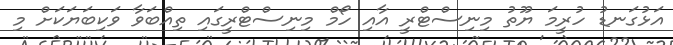
އަޅުގަނޑު ހުރީމަ ޔޫތު މިނިސްޓްރީ އާއި ހޯމް މިނިސްޓްރީގައި ތިއްބަވާ ވަކިބަޔަކަށް މި